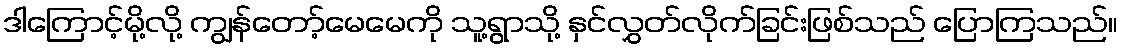
ဒါကြောင့်မို့လို့ ကျွန်တော့်မေမေကို သူ့ရွာသို့ နှင်လွှတ်လိုက်ခြင်းဖြစ်သည် ပြောကြသည်။